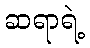
ဆရာရဲ့